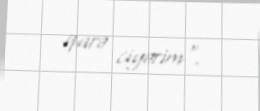
qarə ciyərim".